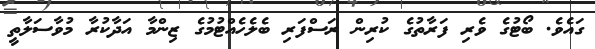
ގައެވެ. ބޯޓުގެ ވެރި ފަރާތުގެ ކުރިން ރަސްފަރި ބެލެހެއްޓުމުގެ ޒިންމާ އަދާކުރާ މުވާސަލާތީ